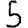
Digit: 5